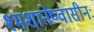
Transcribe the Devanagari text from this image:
श्मशानेष्वासीनः